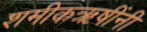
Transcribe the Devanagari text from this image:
शमीकऋषींनी